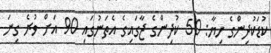
ކުޑަކުދިންގެ ހިޔާ: 50 ކުދިންގެ ޖާގައިގެ އެތަނުގައި 90 އަށް ވުރެ ގިނަ